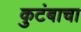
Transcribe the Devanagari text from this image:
कुटंबाचा